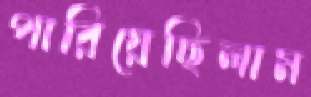
পারিয়েছিলাম